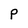
Character: P